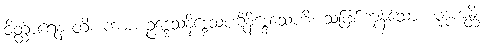
ဝိတ္ထာရေနာတိ၊ ကား။ ဥဒ္ဒေသနိဒ္ဒေသပဋိနိဒ္ဒေသေဟိ၊ သဖြစ်ကုန်သော။ မုဒုကန္တိ၊